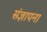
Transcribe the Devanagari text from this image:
संज्ञापना